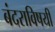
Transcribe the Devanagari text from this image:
बंदराविषयी